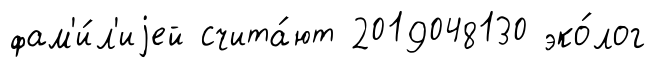
фам'и́л'иjей счита́ют 2019048130 эко́лог